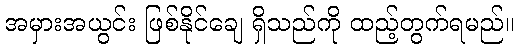
အမှားအယွင်း ဖြစ်နိုင်ချေ ရှိသည်ကို ထည့်တွက်ရမည်။